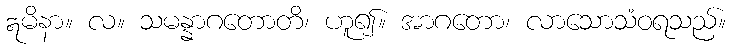
ဣမိနာ။ လ။ သမန္နာဂတောတိ၊ ဟူ၍။ အာဂတော၊ လာသောသံဝရသည်။